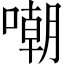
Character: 嘲